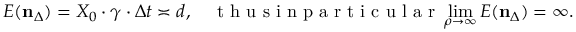
E ( \mathbf { n } _ { \Delta } ) = X _ { 0 } \cdot \gamma \cdot \Delta t \asymp d , \quad \mathrm { ~ t ~ h ~ u ~ s ~ i ~ n ~ p ~ a ~ r ~ t ~ i ~ c ~ u ~ l ~ a ~ r ~ } \operatorname* { l i m } _ { \rho \to \infty } E ( \mathbf { n } _ { \Delta } ) = \infty .